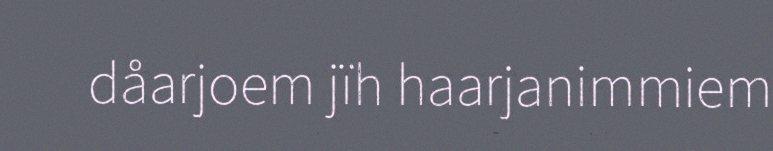
dåarjoem jïh haarjanimmiem